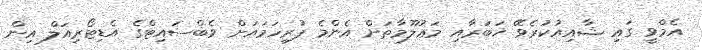
އެމްވީ ގައި ޝާއިއުކުރެވޭ ޚަބަރާއި މަޢުލޫމާތަށް އެންމެ ފުރިހަމައަށް ވެބްސައިޓްގެ އެޑިޓޯރިއަލް އިން